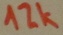
Text: 12K